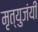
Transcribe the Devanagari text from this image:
मृत्युजंयी